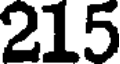
215